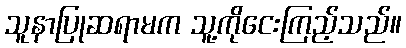
သူနာပြုဆရာမက သူ့ကိုငေးကြည့်သည်။